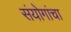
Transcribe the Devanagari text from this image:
संयोगांचा